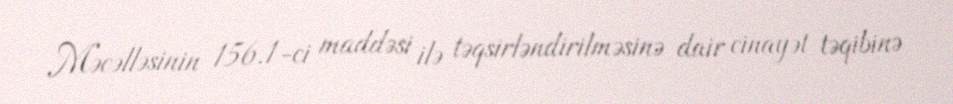
Məcəlləsinin 156.1-ci maddəsi ilə təqsirləndirilməsinə dair cinayət təqibinə